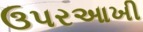
ઉપરઆખી